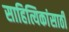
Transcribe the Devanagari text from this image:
साहित्यिकांसाठी